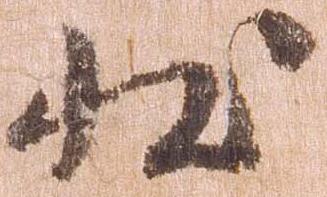
状